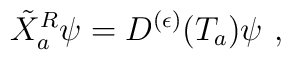
{\tilde{X}^R}_a\psi=D^{(\epsilon)}(T_a)\psi\,\, ,